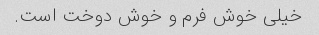
خیلی خوش فرم و خوش دوخت است.